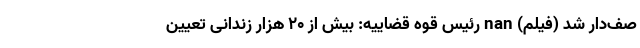
صف‌دار شد (فیلم) nan رئیس قوه قضاییه: بیش از ٢٠ هزار زندانی تعیین